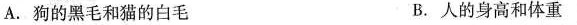
A.狗的黑毛和猫的毛 B.人的身高和体重